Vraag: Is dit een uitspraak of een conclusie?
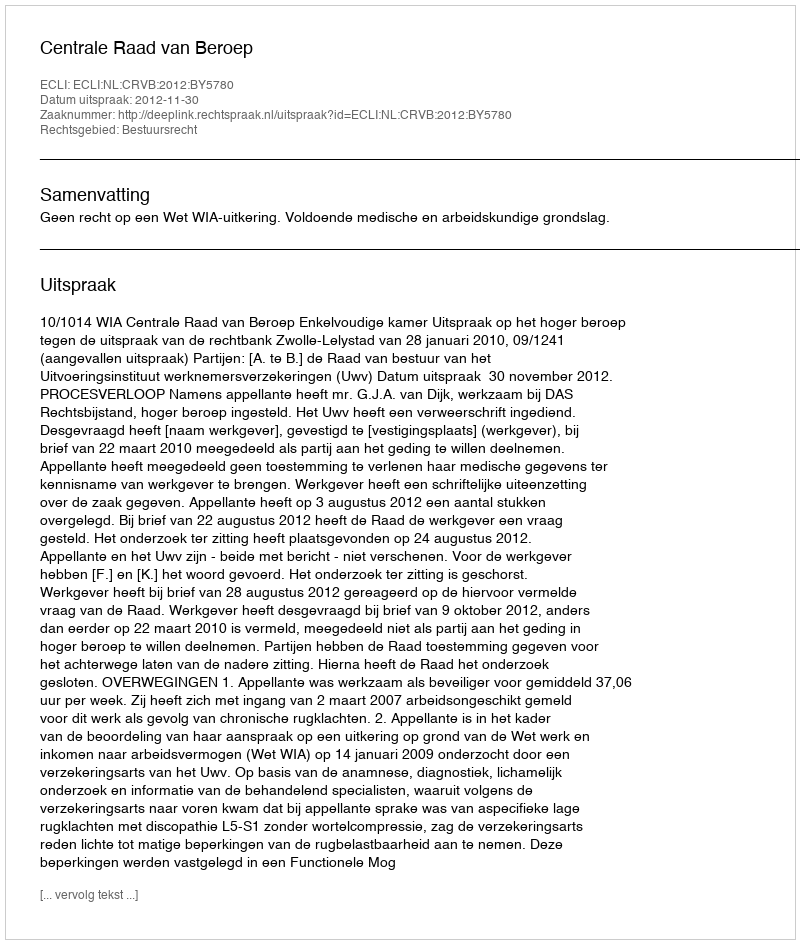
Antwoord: Uitspraak